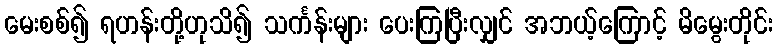
မေးစစ်၍ ရဟန်းတို့ဟုသိ၍ သင်္ကန်းများ ပေးကြပြီးလျှင် အဘယ့်ကြောင့် မိမွေးတိုင်း